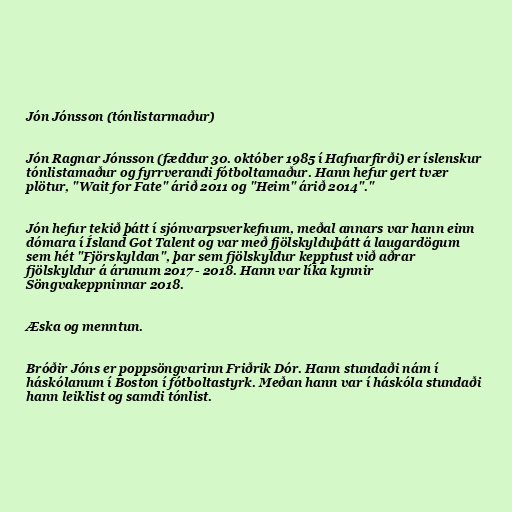
Jón Jónsson (tónlistarmaður)

Jón Ragnar Jónsson (fæddur 30. október 1985 í Hafnarfirði) er íslenskur
tónlistamaður og fyrrverandi fótboltamaður. Hann hefur gert tvær
plötur, "Wait for Fate" árið 2011 og "Heim" árið 2014"."

Jón hefur tekið þátt í sjónvarpsverkefnum, meðal annars var hann einn
dómara í Ísland Got Talent og var með fjölskylduþátt á laugardögum
sem hét "Fjörskyldan", þar sem fjölskyldur kepptust við aðrar
fjölskyldur á árunum 2017 - 2018. Hann var líka kynnir
Söngvakeppninnar 2018.

Æska og menntun.

Bróðir Jóns er poppsöngvarinn Friðrik Dór. Hann stundaði nám í
háskólanum í Boston í fótboltastyrk. Meðan hann var í háskóla stundaði
hann leiklist og samdi tónlist.